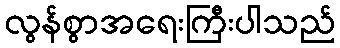
လွန်စွာအရေးကြီးပါသည်